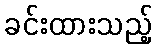
ခင်းထားသည့်